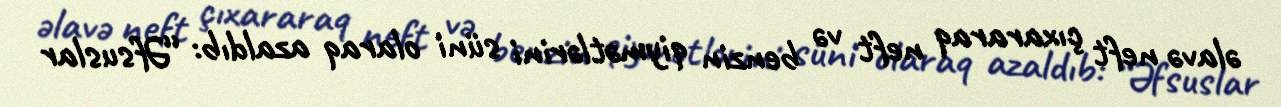
əlavə neft çıxararaq neft və benzin qiymətlərini süni olaraq azaldıb: “Əfsuslar